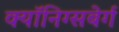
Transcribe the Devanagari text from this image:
क्यॉनिग्सबेर्ग